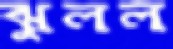
ঝুলল